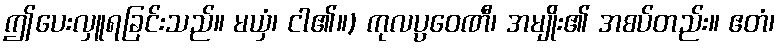
ဤပေးလှူရခြင်းသည်။ မယှံ၊ ငါ၏။) ကုလပ္ပဝေဏီ၊ အမျိုး၏ အစပ်တည်း။ ဧတံ၊